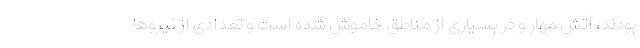
بودند، آتش مهار و در بسیاری از مناطق خاموش شده است و تعدادی از نیروها